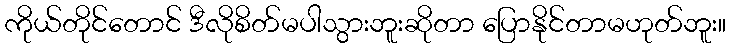
ကိုယ်တိုင်တောင် ဒီလိုစိတ်မပါသွားဘူးဆိုတာ ပြောနိုင်တာမဟုတ်ဘူး။